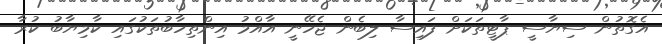
އެގޮތުން ސިޔާސީ ޕާޓީތަކަށް ފައިސާ ލިބެން ޖެހޭނީ އާއްމު އިންތިހާބުތަކުގައި ކާމިޔާބު ކުރާ